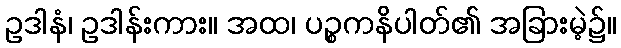
ဥဒါနံ၊ ဥဒါန်းကား။ အထ၊ ပဉ္စကနိပါတ်၏ အခြားမဲ့၌။